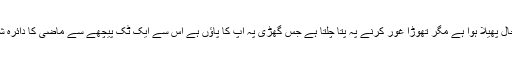
پہلی دفعہ دیکھنے پہ لگتا ہے کہ تاحد نظر حال ہی حال پھیلا ہوا ہے مگر تھوڑا غور کرنے پہ پتا چلتا ہے جس گھڑی پہ آپ کا پاؤں ہے اس سے ایک ٹِک پیچھے سے ماضی کا دائرہ شروع ہو جاتا ہے اور ہر اگلا قدم مسقبل میں پڑتا ہے۔